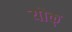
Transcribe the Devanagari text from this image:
योक्